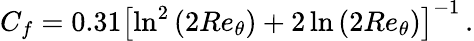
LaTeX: C_{f}=0.31\left[\ln^{2}{\left(2Re_{\theta}\right)}+2\ln{\left(2Re_{\theta}\right)}\right]^{-1}\, .